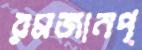
রমজানপ্